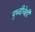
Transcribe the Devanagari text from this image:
पृथ्वीचेही